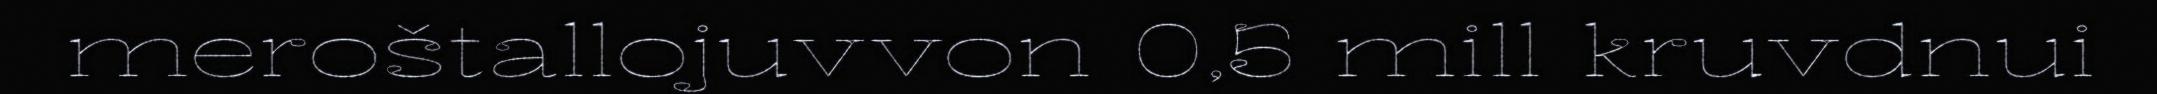
meroštallojuvvon 0,5 mill kruvdnui